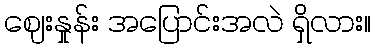
ဈေးနှုန်း အပြောင်းအလဲ ရှိလား။